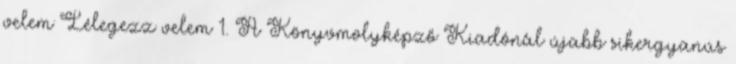
velem Lélegezz velem 1. A Könyvmolyképző Kiadónál újabb sikergyanús